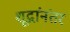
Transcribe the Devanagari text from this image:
शूद्रांनंतर